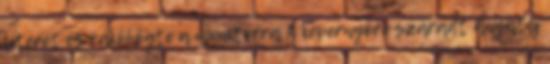
literét és ráköhögte a monitorra A képernyőre száradt anyatej